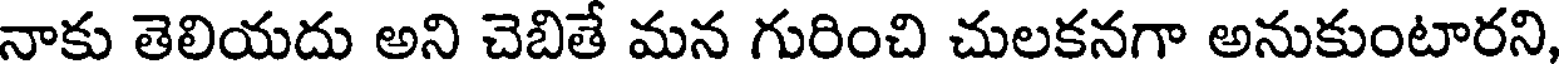
నాకు తెలియదు అని చెబితే మన గురించి చులకనగా అనుకుంటారని,